Scottish Leaving Certificate Examination, 1954
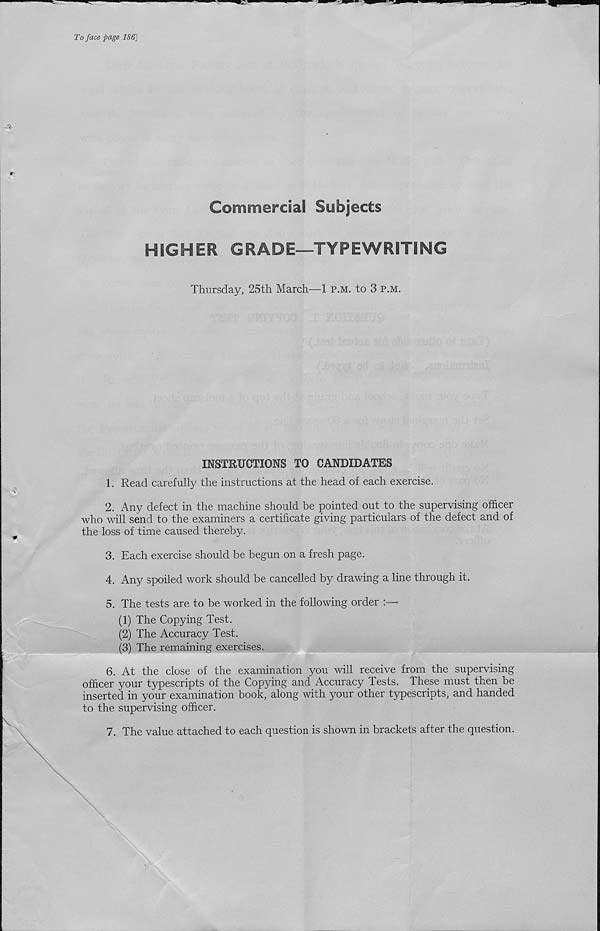
To face page 186]
Commercial Subjects
HIGHER GRADE—TYPEWRITING
Thursday, 25th March—1 p.m. to 3 p.m.
INSTRUCTIONS TO CANDIDATES
1. Read carefully the instructions at the head of each exercise.
2. Any defect in the machine should be pointed out to the supervising officer
who will send to the examiners a certificate giving particulars of the defect and of
the loss of time caused thereby.
3. Each exercise should be begun on a fresh page.
4. Any spoiled work should be cancelled by drawing a line through it.
5. The tests are to be worked in the following order :—
(1) The Copying Test.
(2) The Accuracy Test.
(3) The remaining exercises.
6. At the close of the examination you will receive from the supervising
officer your typescripts of the Copying and Accuracy Tests. These must then be
inserted in your examination book, along with your other typescripts, and handed
to the supervising officer.
7. The value attached to each question is shown in brackets after the question.